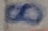
Text: 8